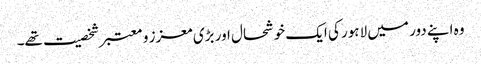
وہ اپنے دور میں لاہور کی ایک خوشحال اور بڑی معزز و معتبر شخصیت تھے۔